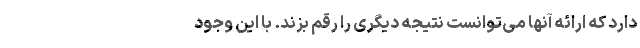
دارد که ارائه آنها می‌توانست نتیجه دیگری را رقم بزند. با این وجود